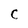
Character: C